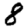
Digit: 8